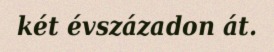
két évszázadon át.